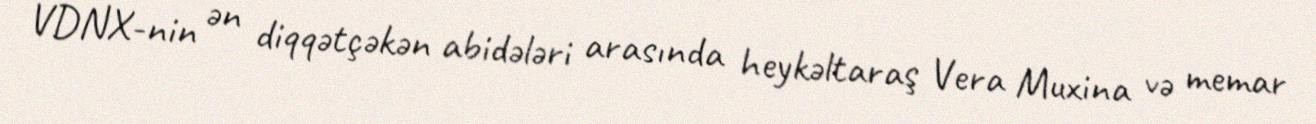
VDNX-nin ən diqqətçəkən abidələri arasında heykəltaraş Vera Muxina və memar